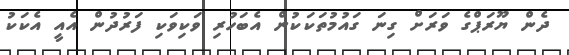
ދެން ޔޫރަޕްގެ ވަރަށް ގިނަ ގައުމުތަކަކުން އެބަހުރި ވަކިވަކި ފަރުދުން އެއީ އެކަކު